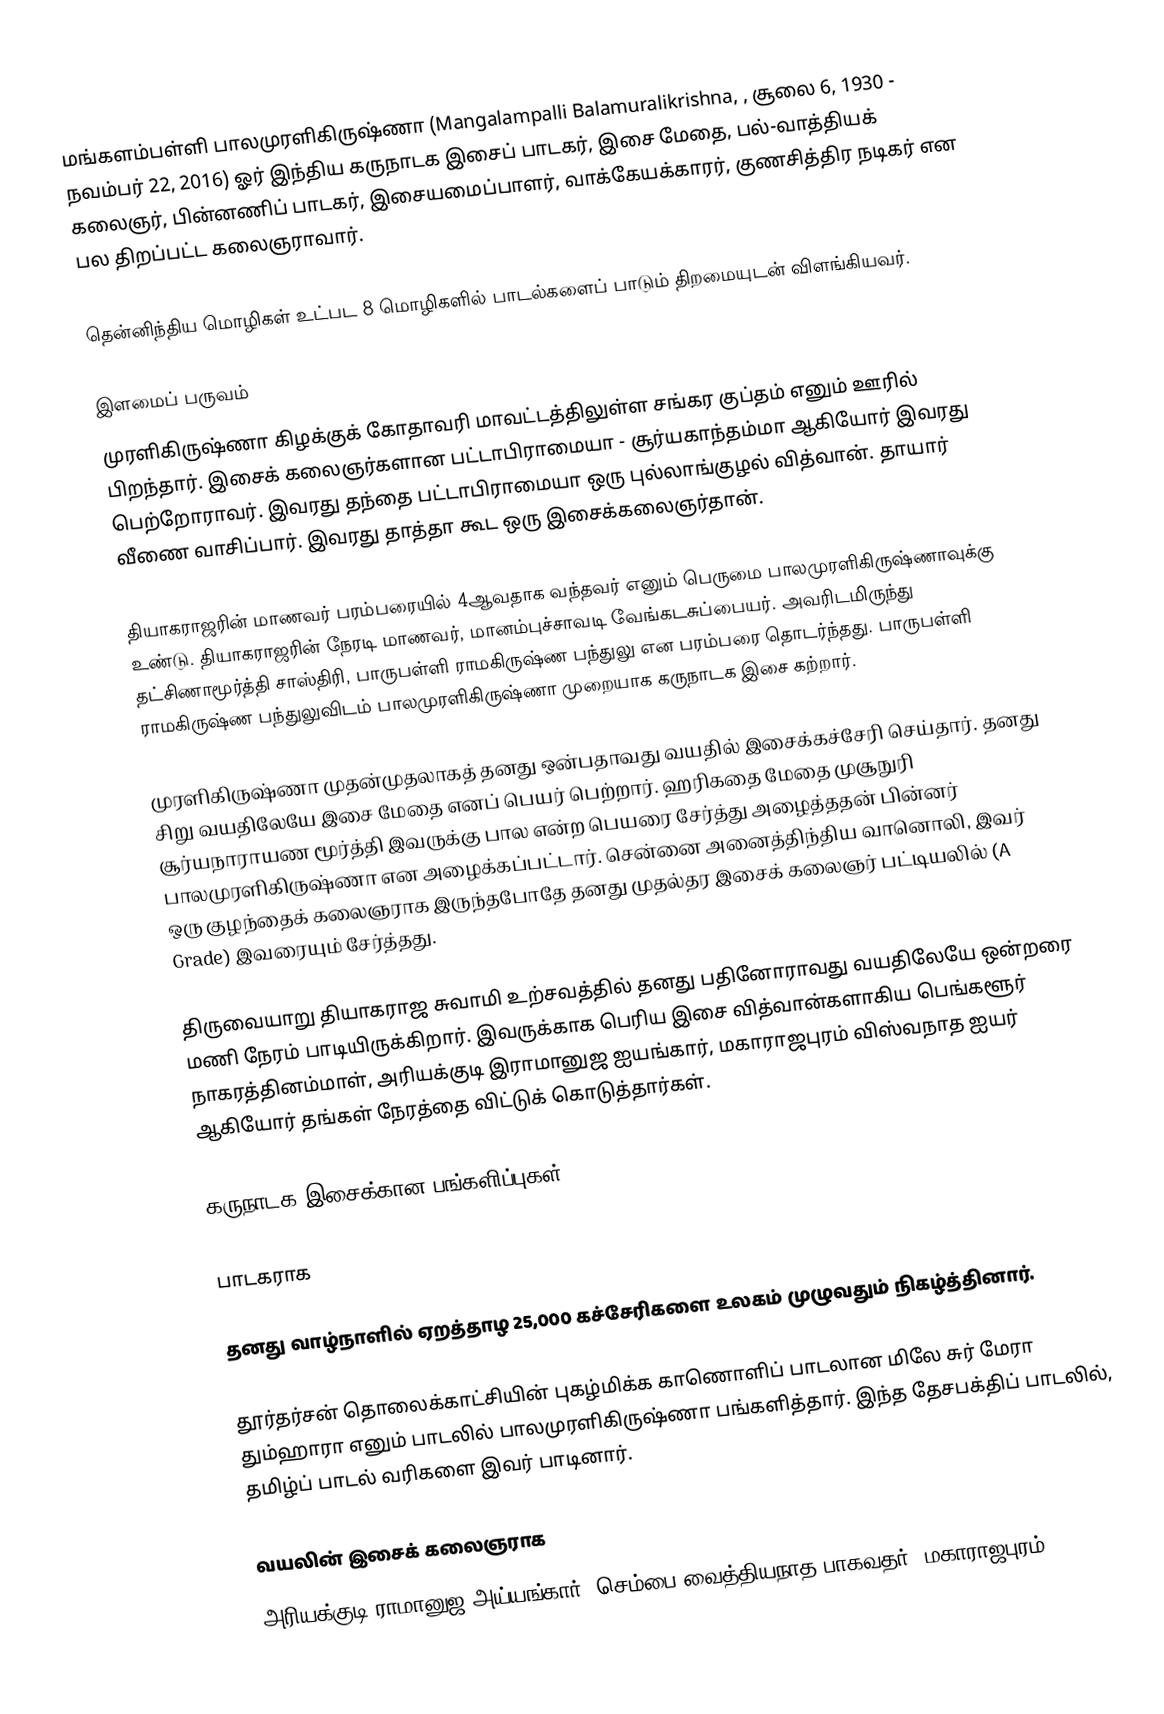
மங்களம்பள்ளி பாலமுரளிகிருஷ்ணா (Mangalampalli Balamuralikrishna, , சூலை 6, 1930 - நவம்பர் 22, 2016) ஓர் இந்திய கருநாடக இசைப் பாடகர், இசை மேதை, பல்-வாத்தியக் கலைஞர், பின்னணிப் பாடகர், இசையமைப்பாளர், வாக்கேயக்காரர், குணசித்திர நடிகர் என பல திறப்பட்ட கலைஞராவார்.

தென்னிந்திய மொழிகள் உட்பட 8 மொழிகளில் பாடல்களைப் பாடும் திறமையுடன் விளங்கியவர்.

இளமைப் பருவம்
முரளிகிருஷ்ணா கிழக்குக் கோதாவரி மாவட்டத்திலுள்ள சங்கர குப்தம் எனும் ஊரில் பிறந்தார். இசைக் கலைஞர்களான பட்டாபிராமையா - சூர்யகாந்தம்மா ஆகியோர் இவரது பெற்றோராவர். இவரது தந்தை பட்டாபிராமையா ஒரு புல்லாங்குழல் வித்வான். தாயார் வீணை வாசிப்பார். இவரது தாத்தா கூட ஒரு இசைக்கலைஞர்தான்.

தியாகராஜரின் மாணவர் பரம்பரையில் 4ஆவதாக வந்தவர் எனும் பெருமை பாலமுரளிகிருஷ்ணாவுக்கு உண்டு. தியாகராஜரின் நேரடி மாணவர், மானம்புச்சாவடி வேங்கடசுப்பையர். அவரிடமிருந்து தட்சிணாமூர்த்தி சாஸ்திரி, பாருபள்ளி ராமகிருஷ்ண பந்துலு என பரம்பரை தொடர்ந்தது. பாருபள்ளி ராமகிருஷ்ண பந்துலுவிடம் பாலமுரளிகிருஷ்ணா முறையாக கருநாடக இசை கற்றார்.

முரளிகிருஷ்ணா முதன்முதலாகத் தனது ஒன்பதாவது வயதில் இசைக்கச்சேரி செய்தார். தனது சிறு வயதிலேயே இசை மேதை எனப் பெயர் பெற்றார். ஹரிகதை மேதை முசூநுரி சூர்யநாராயண மூர்த்தி இவருக்கு பால என்ற பெயரை சேர்த்து அழைத்ததன் பின்னர் பாலமுரளிகிருஷ்ணா என அழைக்கப்பட்டார். சென்னை அனைத்திந்திய வானொலி, இவர் ஒரு குழந்தைக் கலைஞராக இருந்தபோதே தனது முதல்தர இசைக் கலைஞர் பட்டியலில் (A Grade) இவரையும் சேர்த்தது.

திருவையாறு தியாகராஜ சுவாமி உற்சவத்தில் தனது பதினோராவது வயதிலேயே ஒன்றரை மணி நேரம் பாடியிருக்கிறார். இவருக்காக பெரிய இசை வித்வான்களாகிய பெங்களூர் நாகரத்தினம்மாள், அரியக்குடி இராமானுஜ ஐயங்கார், மகாராஜபுரம் விஸ்வநாத ஐயர் ஆகியோர் தங்கள் நேரத்தை விட்டுக் கொடுத்தார்கள்.

கருநாடக இசைக்கான பங்களிப்புகள்

பாடகராக

தனது வாழ்நாளில் ஏறத்தாழ 25,000 கச்சேரிகளை உலகம் முழுவதும் நிகழ்த்தினார்.

தூர்தர்சன் தொலைக்காட்சியின் புகழ்மிக்க காணொளிப் பாடலான மிலே சுர் மேரா தும்ஹாரா எனும் பாடலில் பாலமுரளிகிருஷ்ணா பங்களித்தார். இந்த தேசபக்திப் பாடலில், தமிழ்ப் பாடல் வரிகளை இவர் பாடினார்.

வயலின் இசைக் கலைஞராக
அரியக்குடி ராமானுஜ அய்யங்கார், செம்பை வைத்தியநாத பாகவதர், மகாராஜபுரம்